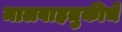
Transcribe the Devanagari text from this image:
मालवाहतुकीचे